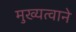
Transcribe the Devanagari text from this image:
मुख्यत्वाने